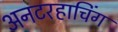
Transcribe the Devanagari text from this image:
अनटरहाचिंग